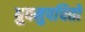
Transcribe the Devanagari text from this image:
ध्रुवमुपचितो